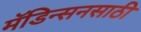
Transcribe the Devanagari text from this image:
मॅडिन्सनसाठी